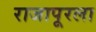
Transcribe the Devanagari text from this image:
राजापूरला